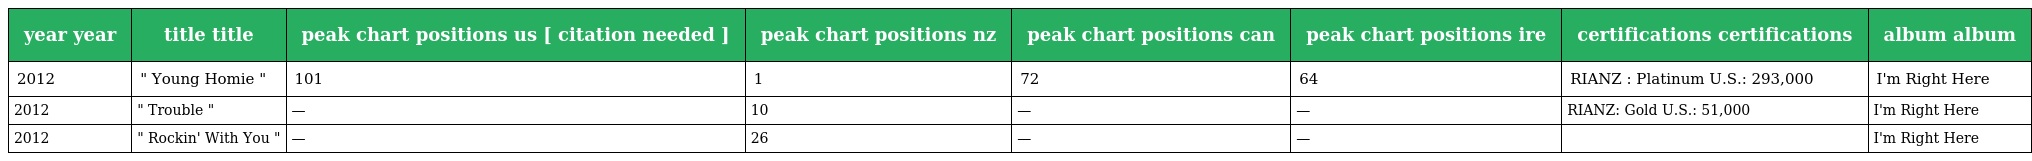
| year year | title title | peak chart positions us [ citation needed ] | peak chart positions nz | peak chart positions can | peak chart positions ire | certifications certifications | album album |
 | --- | --- | --- | --- | --- | --- | --- | --- |
 | 2012 | " Young Homie " | 101 | 1 | 72 | 64 | RIANZ : Platinum U.S.: 293,000 | I'm Right Here |
 | 2012 | " Trouble " | — | 10 | — | — | RIANZ: Gold U.S.: 51,000 | I'm Right Here |
 | 2012 | " Rockin' With You " | — | 26 | — | — |  | I'm Right Here |